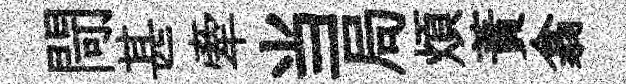
閜甚牽当局煩蕡翕